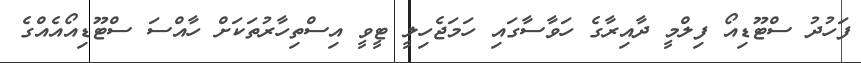
ފަހުދު ސްޓޫޑިއޯ ފިލްމީ ދާއިރާގެ ހަވާސާގައި ހަމަޖެހިލީ ޓީވީ އިސްތިހާރުތަކަށް ހާއްސަ ސްޓޫޑިއޯއެއްގެ